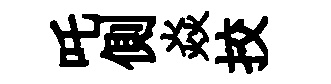
吒側焱挍